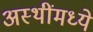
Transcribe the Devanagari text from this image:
अस्थींमध्ये